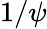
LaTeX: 1/\psi